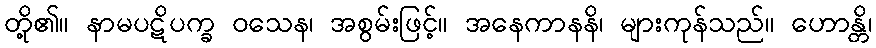
တို့၏။ နာမပဋိပက္ခ ဝသေန၊ အစွမ်းဖြင့်။ အနေကာနနိ၊ များကုန်သည်။ ဟောန္တိ၊